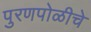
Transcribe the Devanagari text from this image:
पुरणपोळीचे